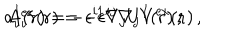
a _ { i } ^ { I } ( { \bf r } ) = - \epsilon ^ { i j } \nabla _ { j } U ^ { I } ( { \bf r } ) \, , \hspace { 6 m m } A _ { i } ^ { \mathrm { e x } } ( { \bf r } ) = - \epsilon ^ { i j } \nabla _ { j } V ^ { \mathrm { e x } } ( { \bf r } ) \, , \hspace { 6 m m }